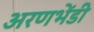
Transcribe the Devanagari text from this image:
अरणभेंडी